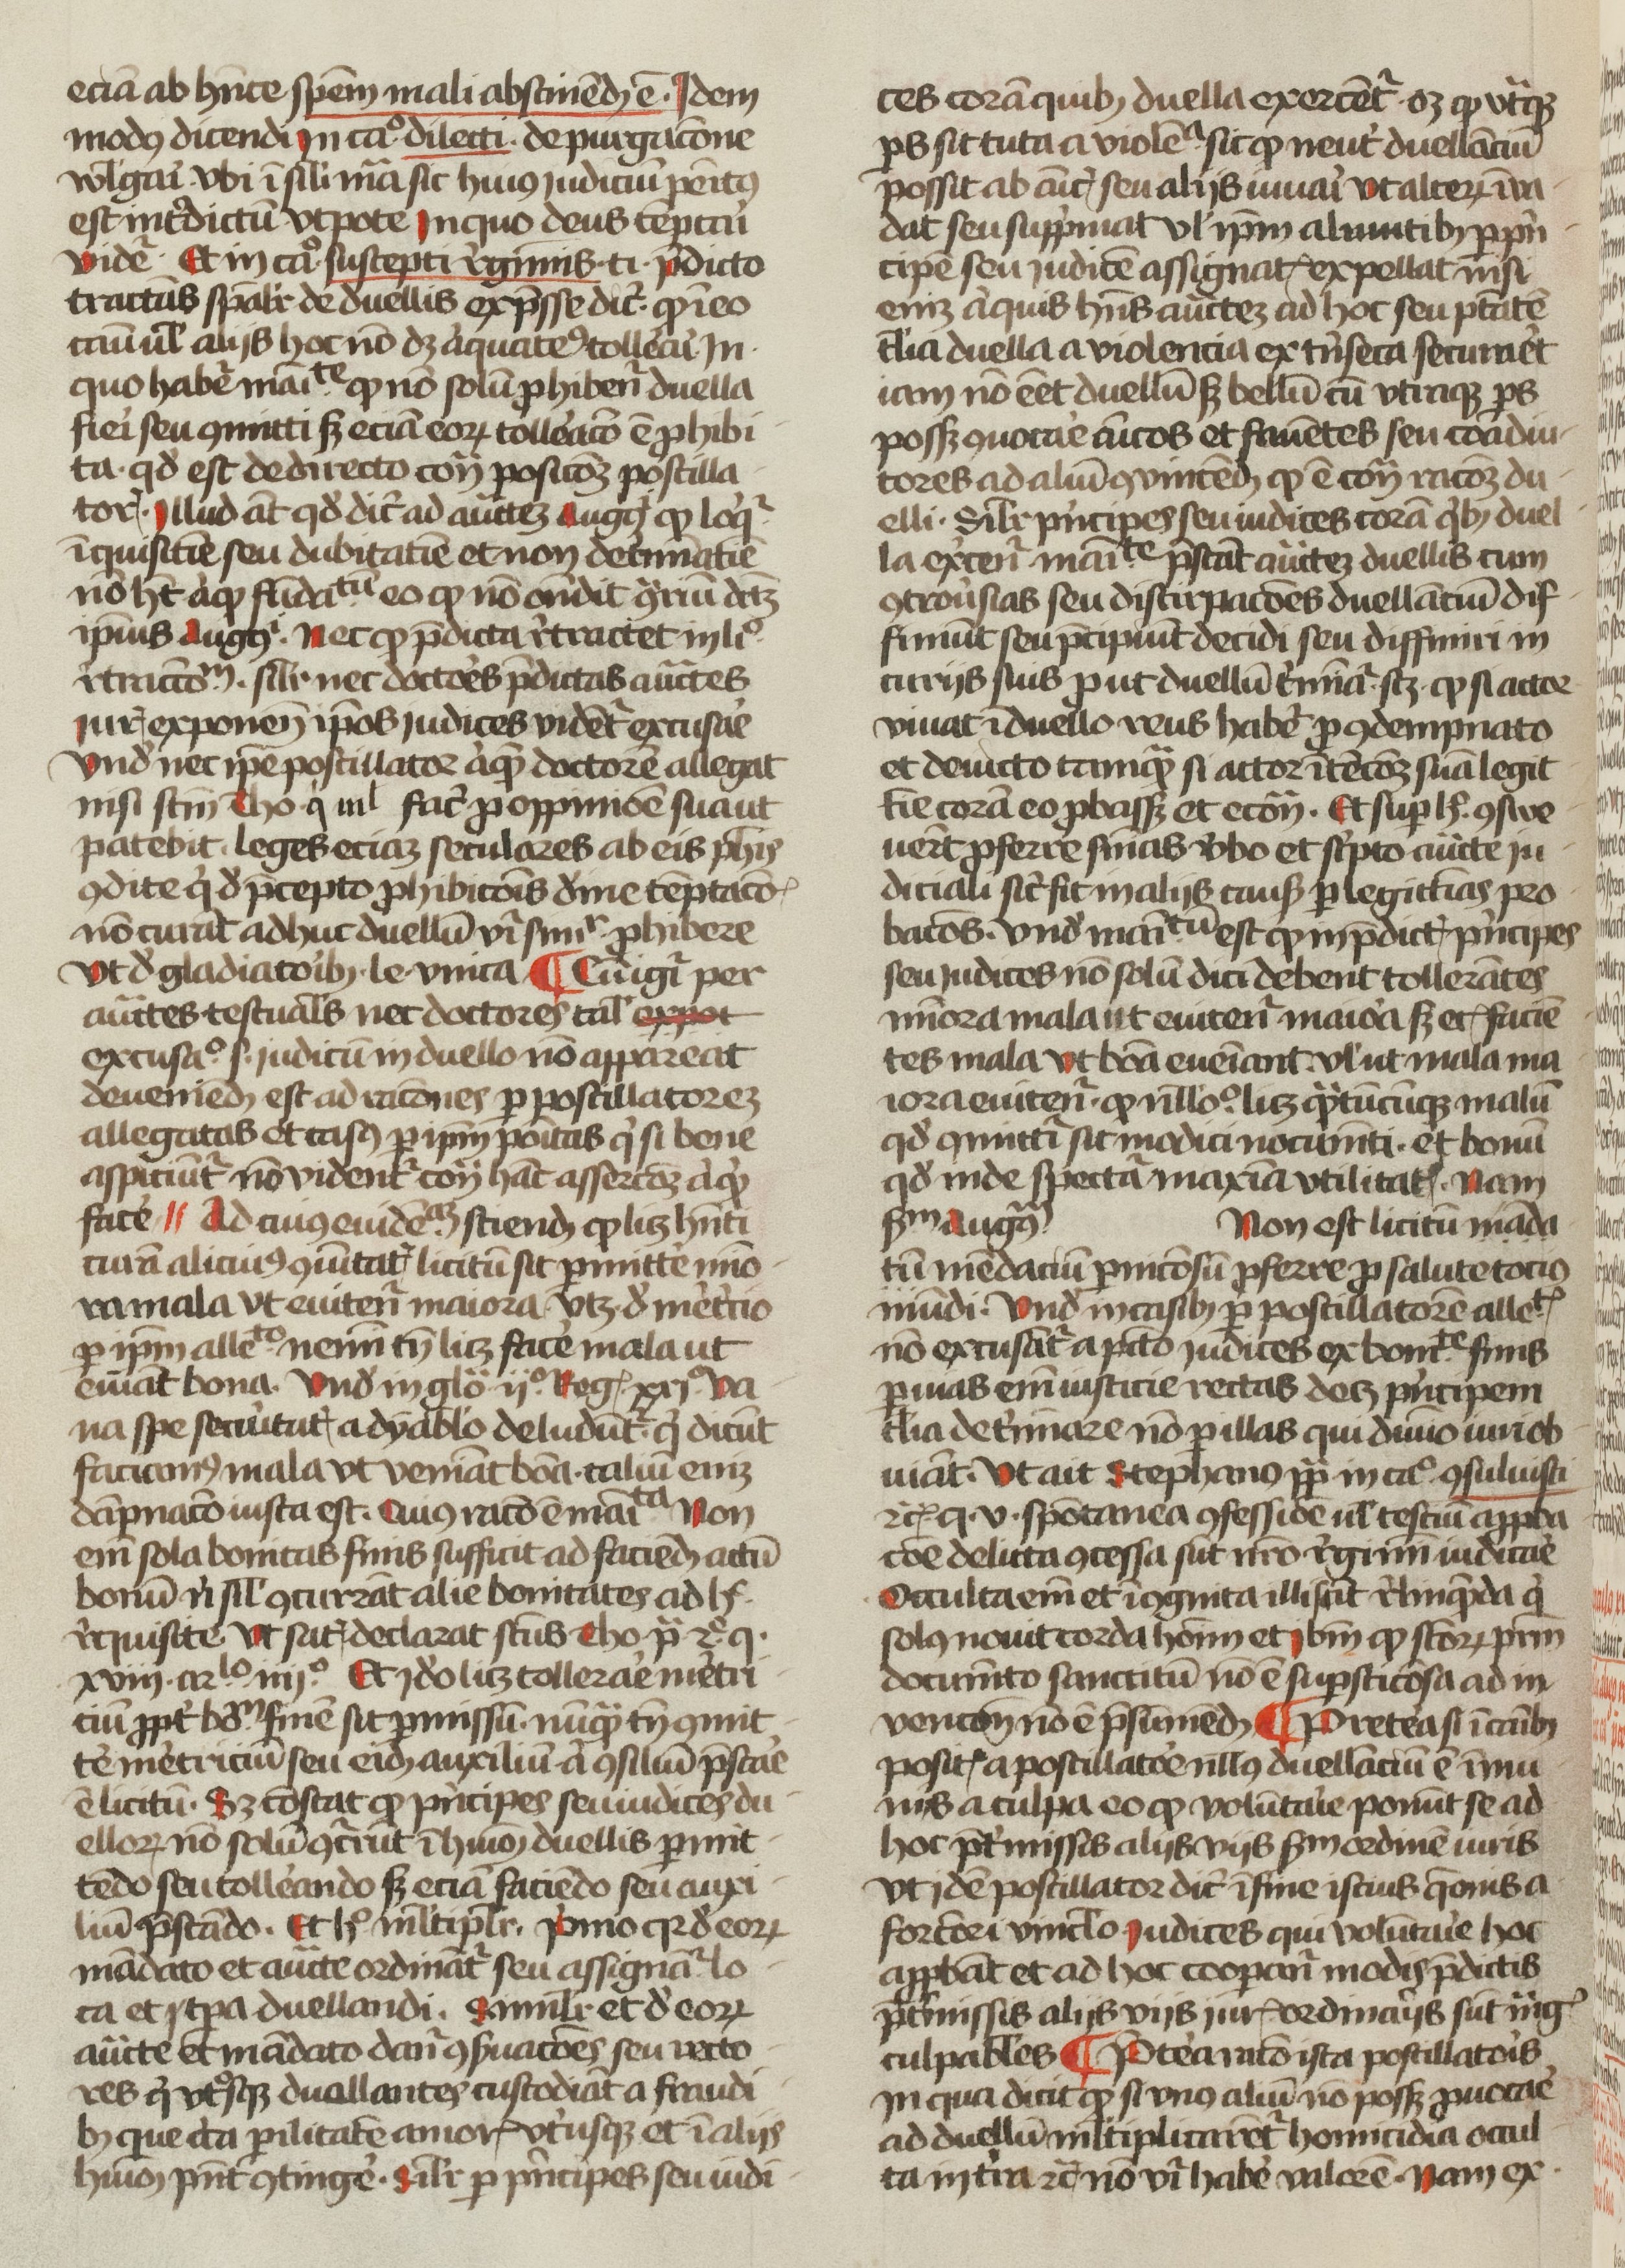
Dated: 1400–1499